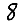
Digit: 8